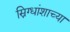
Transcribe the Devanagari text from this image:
स्निग्धांशाच्या